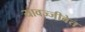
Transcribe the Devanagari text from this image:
यावज्जीवेत